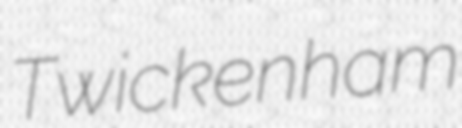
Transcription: Twickenham